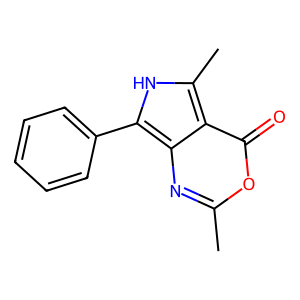
SMILES: Cc1nc2c(-c3ccccc3)[nH]c(C)c2c(=O)o1
Inhibits HIV replication: No